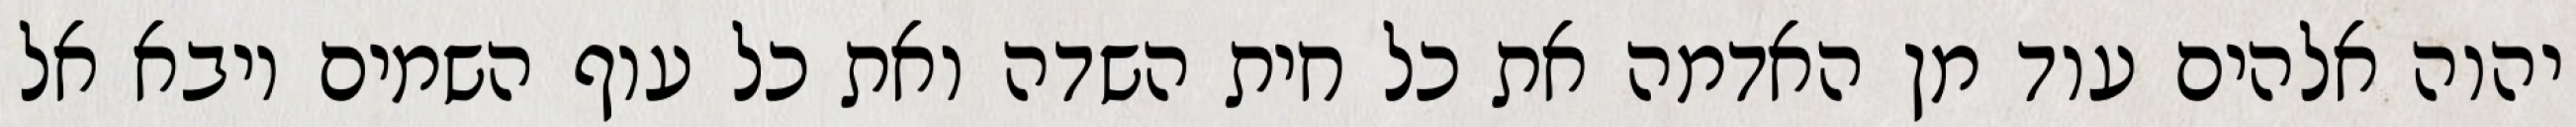
יהוה אלהים עוד מן האדמה את כל חית השדה ואת כל עוף השמים ויבא אל